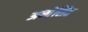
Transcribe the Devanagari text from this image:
अन्वेशित